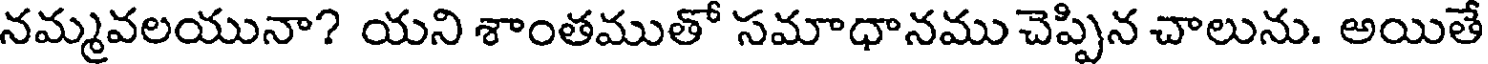
నమ్మవలయునా? యని శాంతముతో సమాధానము చెప్పిన చాలును. అయితే